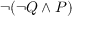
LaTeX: \neg ( \neg Q \land P )